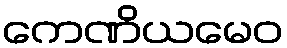
ကေဏိယမေဝ